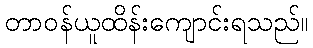
တာဝန်ယူထိန်းကျောင်းရသည်။